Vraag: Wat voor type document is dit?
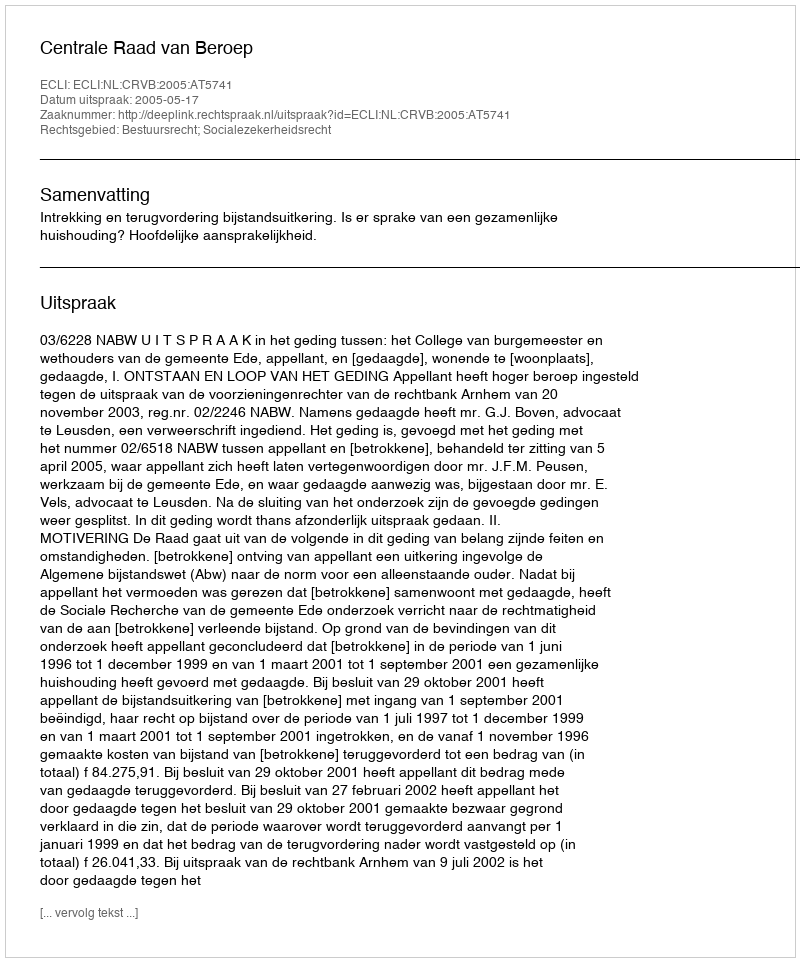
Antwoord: Uitspraak